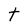
Character: t